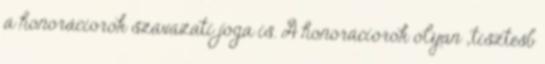
a honoráciorok szavazati joga is. A honoráciorok olyan „tisztesb